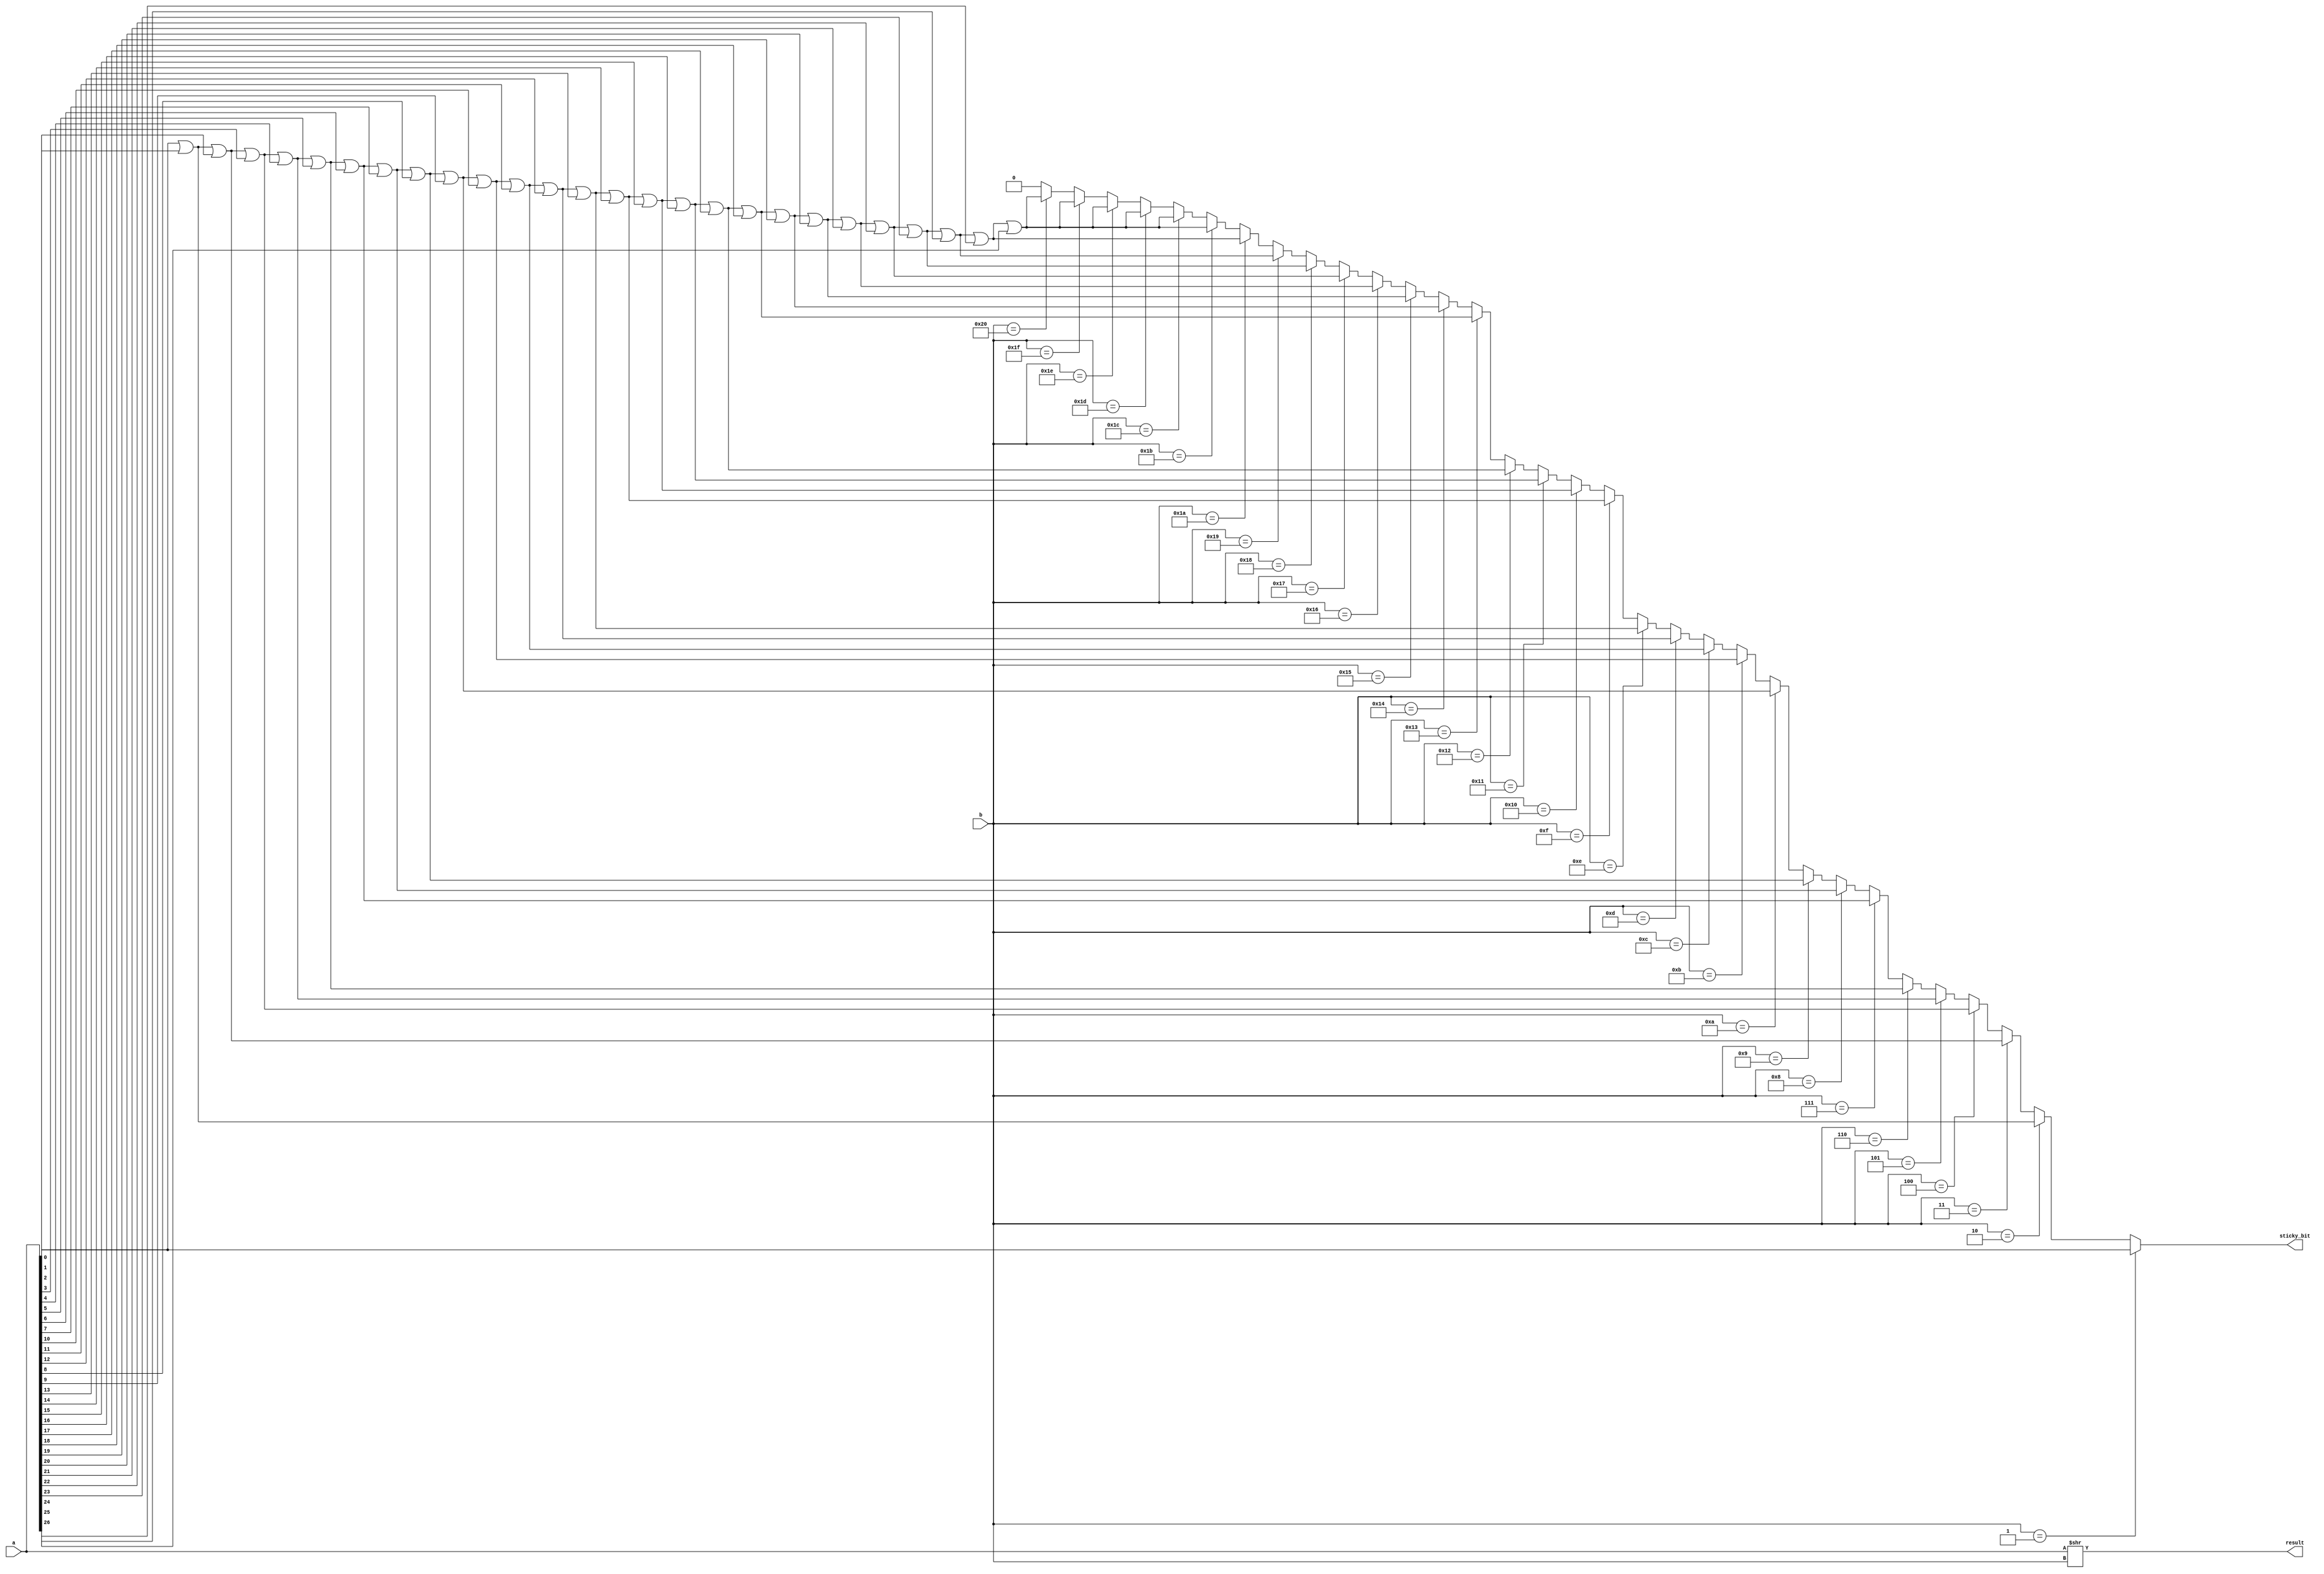
`timescale 1ns / 1ps
//////////////////////////////////////////////////////////////////////////////////
// Company: 
// Engineer: 
// 
// Design Name: 
// Module Name:    FP_Pre2 
// Project Name: 
// Target Devices: 
// Tool versions: 
// Description: 
//
// Dependencies: 
//
// Revision: 
// Revision 0.01 - File Created
// Additional Comments: 

//
//////////////////////////////////////////////////////////////////////////////////
module FP_Pre2(input[26:0] a,input [5:0]b ,output sticky_bit,output [26:0] result
    );
		
assign result[26:0] = a>>b[5:0];

assign sticky_bit =   							( b == 1 ) ? a[0] :
 							( b == 2 ) ? a[0]|a[1] :
 							( b == 3 ) ? a[0]|a[1]|a[2] :
 							( b == 4 ) ? a[0]|a[1]|a[2]|a[3] :
 							( b == 5 ) ? a[0]|a[1]|a[2]|a[3]|a[4]:
 							( b == 6 ) ? a[0]|a[1]|a[2]|a[3]|a[4]|a[5] :
 							( b == 7 ) ? a[0]|a[1]|a[2]|a[3]|a[4]|a[5]|a[6] :
 							( b == 8 ) ? a[0]|a[1]|a[2]|a[3]|a[4]|a[5]|a[6]|a[7] :
 							( b == 9 ) ? a[0]|a[1]|a[2]|a[3]|a[4]|a[5]|a[6]|a[7]|a[8] :
 							( b == 10) ? a[0]|a[1]|a[2]|a[3]|a[4]|a[5]|a[6]|a[7]|a[8]|a[9] :
 							( b == 11) ? a[0]|a[1]|a[2]|a[3]|a[4]|a[5]|a[6]|a[7]|a[8]|a[9]|a[10] :
 							( b == 12 )? a[0]|a[1]|a[2]|a[3]|a[4]|a[5]|a[6]|a[7]|a[8]|a[9]|a[10]|a[11] :
 							( b == 13 )? a[0]|a[1]|a[2]|a[3]|a[4]|a[5]|a[6]|a[7]|a[8]|a[9]|a[10]|a[11]|a[12] :
 							( b == 14 )? a[0]|a[1]|a[2]|a[3]|a[4]|a[5]|a[6]|a[7]|a[8]|a[9]|a[10]|a[11]|a[12]|a[13] :
 							( b == 15 )? a[0]|a[1]|a[2]|a[3]|a[4]|a[5]|a[6]|a[7]|a[8]|a[9]|a[10]|a[11]|a[12]|a[13]|a[14] :
 							( b == 16 )? a[0]|a[1]|a[2]|a[3]|a[4]|a[5]|a[6]|a[7]|a[8]|a[9]|a[10]|a[11]|a[12]|a[13]|a[14]|a[15] :
 							( b == 17 )? a[0]|a[1]|a[2]|a[3]|a[4]|a[5]|a[6]|a[7]|a[8]|a[9]|a[10]|a[11]|a[12]|a[13]|a[14]|a[15]|a[16] :
 							( b == 18 )? a[0]|a[1]|a[2]|a[3]|a[4]|a[5]|a[6]|a[7]|a[8]|a[9]|a[10]|a[11]|a[12]|a[13]|a[14]|a[15]|a[16]|a[17] :
 							( b == 19 )? a[0]|a[1]|a[2]|a[3]|a[4]|a[5]|a[6]|a[7]|a[8]|a[9]|a[10]|a[11]|a[12]|a[13]|a[14]|a[15]|a[16]|a[17]|a[18] :
 							( b == 20 )? a[0]|a[1]|a[2]|a[3]|a[4]|a[5]|a[6]|a[7]|a[8]|a[9]|a[10]|a[11]|a[12]|a[13]|a[14]|a[15]|a[16]|a[17]|a[18]|a[19] :
 							( b == 21 )? a[0]|a[1]|a[2]|a[3]|a[4]|a[5]|a[6]|a[7]|a[8]|a[9]|a[10]|a[11]|a[12]|a[13]|a[14]|a[15]|a[16]|a[17]|a[18]|a[19]|a[20] :
 							( b == 22 )? a[0]|a[1]|a[2]|a[3]|a[4]|a[5]|a[6]|a[7]|a[8]|a[9]|a[10]|a[11]|a[12]|a[13]|a[14]|a[15]|a[16]|a[17]|a[18]|a[19]|a[20]|a[21] :
 							( b == 23 )? a[0]|a[1]|a[2]|a[3]|a[4]|a[5]|a[6]|a[7]|a[8]|a[9]|a[10]|a[11]|a[12]|a[13]|a[14]|a[15]|a[16]|a[17]|a[18]|a[19]|a[20]|a[21]|a[22] :
 							( b == 24 )? a[0]|a[1]|a[2]|a[3]|a[4]|a[5]|a[6]|a[7]|a[8]|a[9]|a[10]|a[11]|a[12]|a[13]|a[14]|a[15]|a[16]|a[17]|a[18]|a[19]|a[20]|a[21]|a[22]|a[23] :
 							( b == 25 )? a[0]|a[1]|a[2]|a[3]|a[4]|a[5]|a[6]|a[7]|a[8]|a[9]|a[10]|a[11]|a[12]|a[13]|a[14]|a[15]|a[16]|a[17]|a[18]|a[19]|a[20]|a[21]|a[22]|a[23]|a[24] :
 							( b == 26 )? a[0]|a[1]|a[2]|a[3]|a[4]|a[5]|a[6]|a[7]|a[8]|a[9]|a[10]|a[11]|a[12]|a[13]|a[14]|a[15]|a[16]|a[17]|a[18]|a[19]|a[20]|a[21]|a[22]|a[23]|a[24]|a[25] :
 							( b == 27 )? a[0]|a[1]|a[2]|a[3]|a[4]|a[5]|a[6]|a[7]|a[8]|a[9]|a[10]|a[11]|a[12]|a[13]|a[14]|a[15]|a[16]|a[17]|a[18]|a[19]|a[20]|a[21]|a[22]|a[23]|a[24]|a[25]|a[26] :
 							( b == 28 )? a[0]|a[1]|a[2]|a[3]|a[4]|a[5]|a[6]|a[7]|a[8]|a[9]|a[10]|a[11]|a[12]|a[13]|a[14]|a[15]|a[16]|a[17]|a[18]|a[19]|a[20]|a[21]|a[22]|a[23]|a[24]|a[25]|a[26] :
 							( b == 29 )? a[0]|a[1]|a[2]|a[3]|a[4]|a[5]|a[6]|a[7]|a[8]|a[9]|a[10]|a[11]|a[12]|a[13]|a[14]|a[15]|a[16]|a[17]|a[18]|a[19]|a[20]|a[21]|a[22]|a[23]|a[24]|a[25]|a[26] :
 							( b == 30 )? a[0]|a[1]|a[2]|a[3]|a[4]|a[5]|a[6]|a[7]|a[8]|a[9]|a[10]|a[11]|a[12]|a[13]|a[14]|a[15]|a[16]|a[17]|a[18]|a[19]|a[20]|a[21]|a[22]|a[23]|a[24]|a[25]|a[26] :
 							( b == 31 )? a[0]|a[1]|a[2]|a[3]|a[4]|a[5]|a[6]|a[7]|a[8]|a[9]|a[10]|a[11]|a[12]|a[13]|a[14]|a[15]|a[16]|a[17]|a[18]|a[19]|a[20]|a[21]|a[22]|a[23]|a[24]|a[25]|a[26] :
 							( b == 32 )? a[0]|a[1]|a[2]|a[3]|a[4]|a[5]|a[6]|a[7]|a[8]|a[9]|a[10]|a[11]|a[12]|a[13]|a[14]|a[15]|a[16]|a[17]|a[18]|a[19]|a[20]|a[21]|a[22]|a[23]|a[24]|a[25]|a[26] : 0;
 								
endmodule